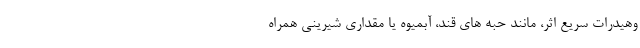
وهیدرات سریع اثر، مانند حبه های قند، آبمیوه یا مقداری شیرینی همراه